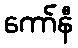
ကော်နီ